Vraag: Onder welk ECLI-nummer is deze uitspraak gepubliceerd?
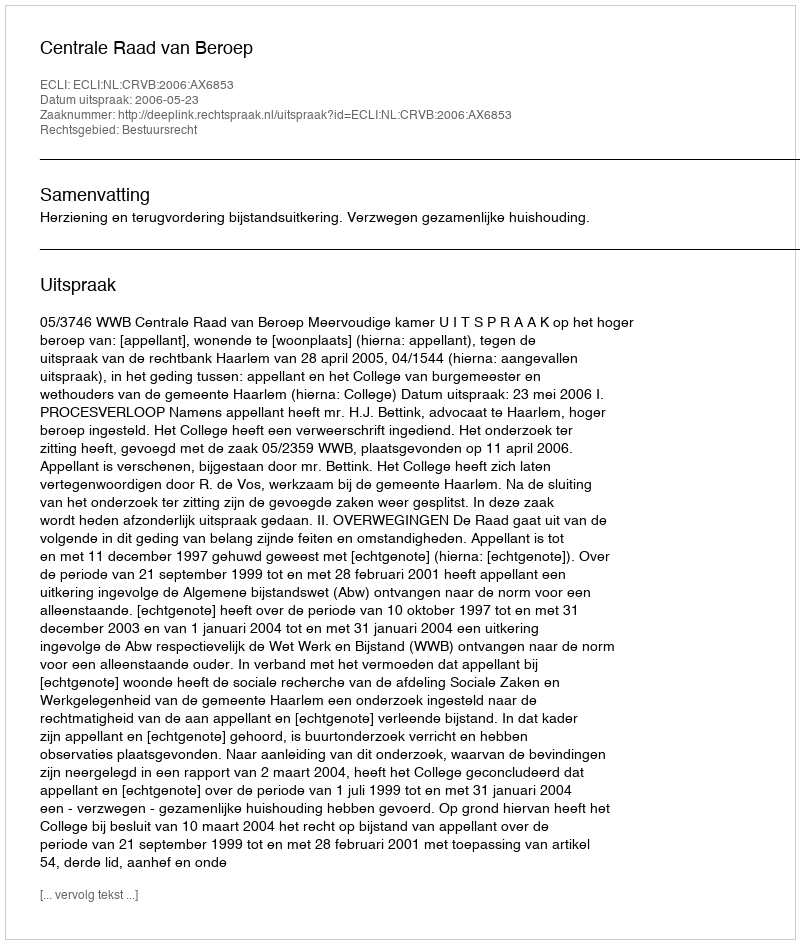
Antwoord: ECLI:NL:CRVB:2006:AX6853